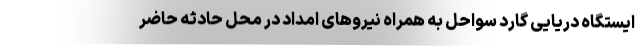
ایستگاه دریایی گارد سواحل به همراه نیروهای امداد در محل حادثه حاضر